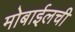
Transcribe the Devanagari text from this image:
मोबाईलची